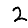
Digit: 2